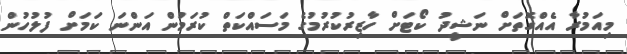
މިއަމުރާ އެއްގޮތަށް ނަޝީދު ކޯޓަށް ހާޒިރުކުރުމުގެ މަސައްކަތް ކުރަމުން އަންނަ ކަމަށް ފުލުހުން